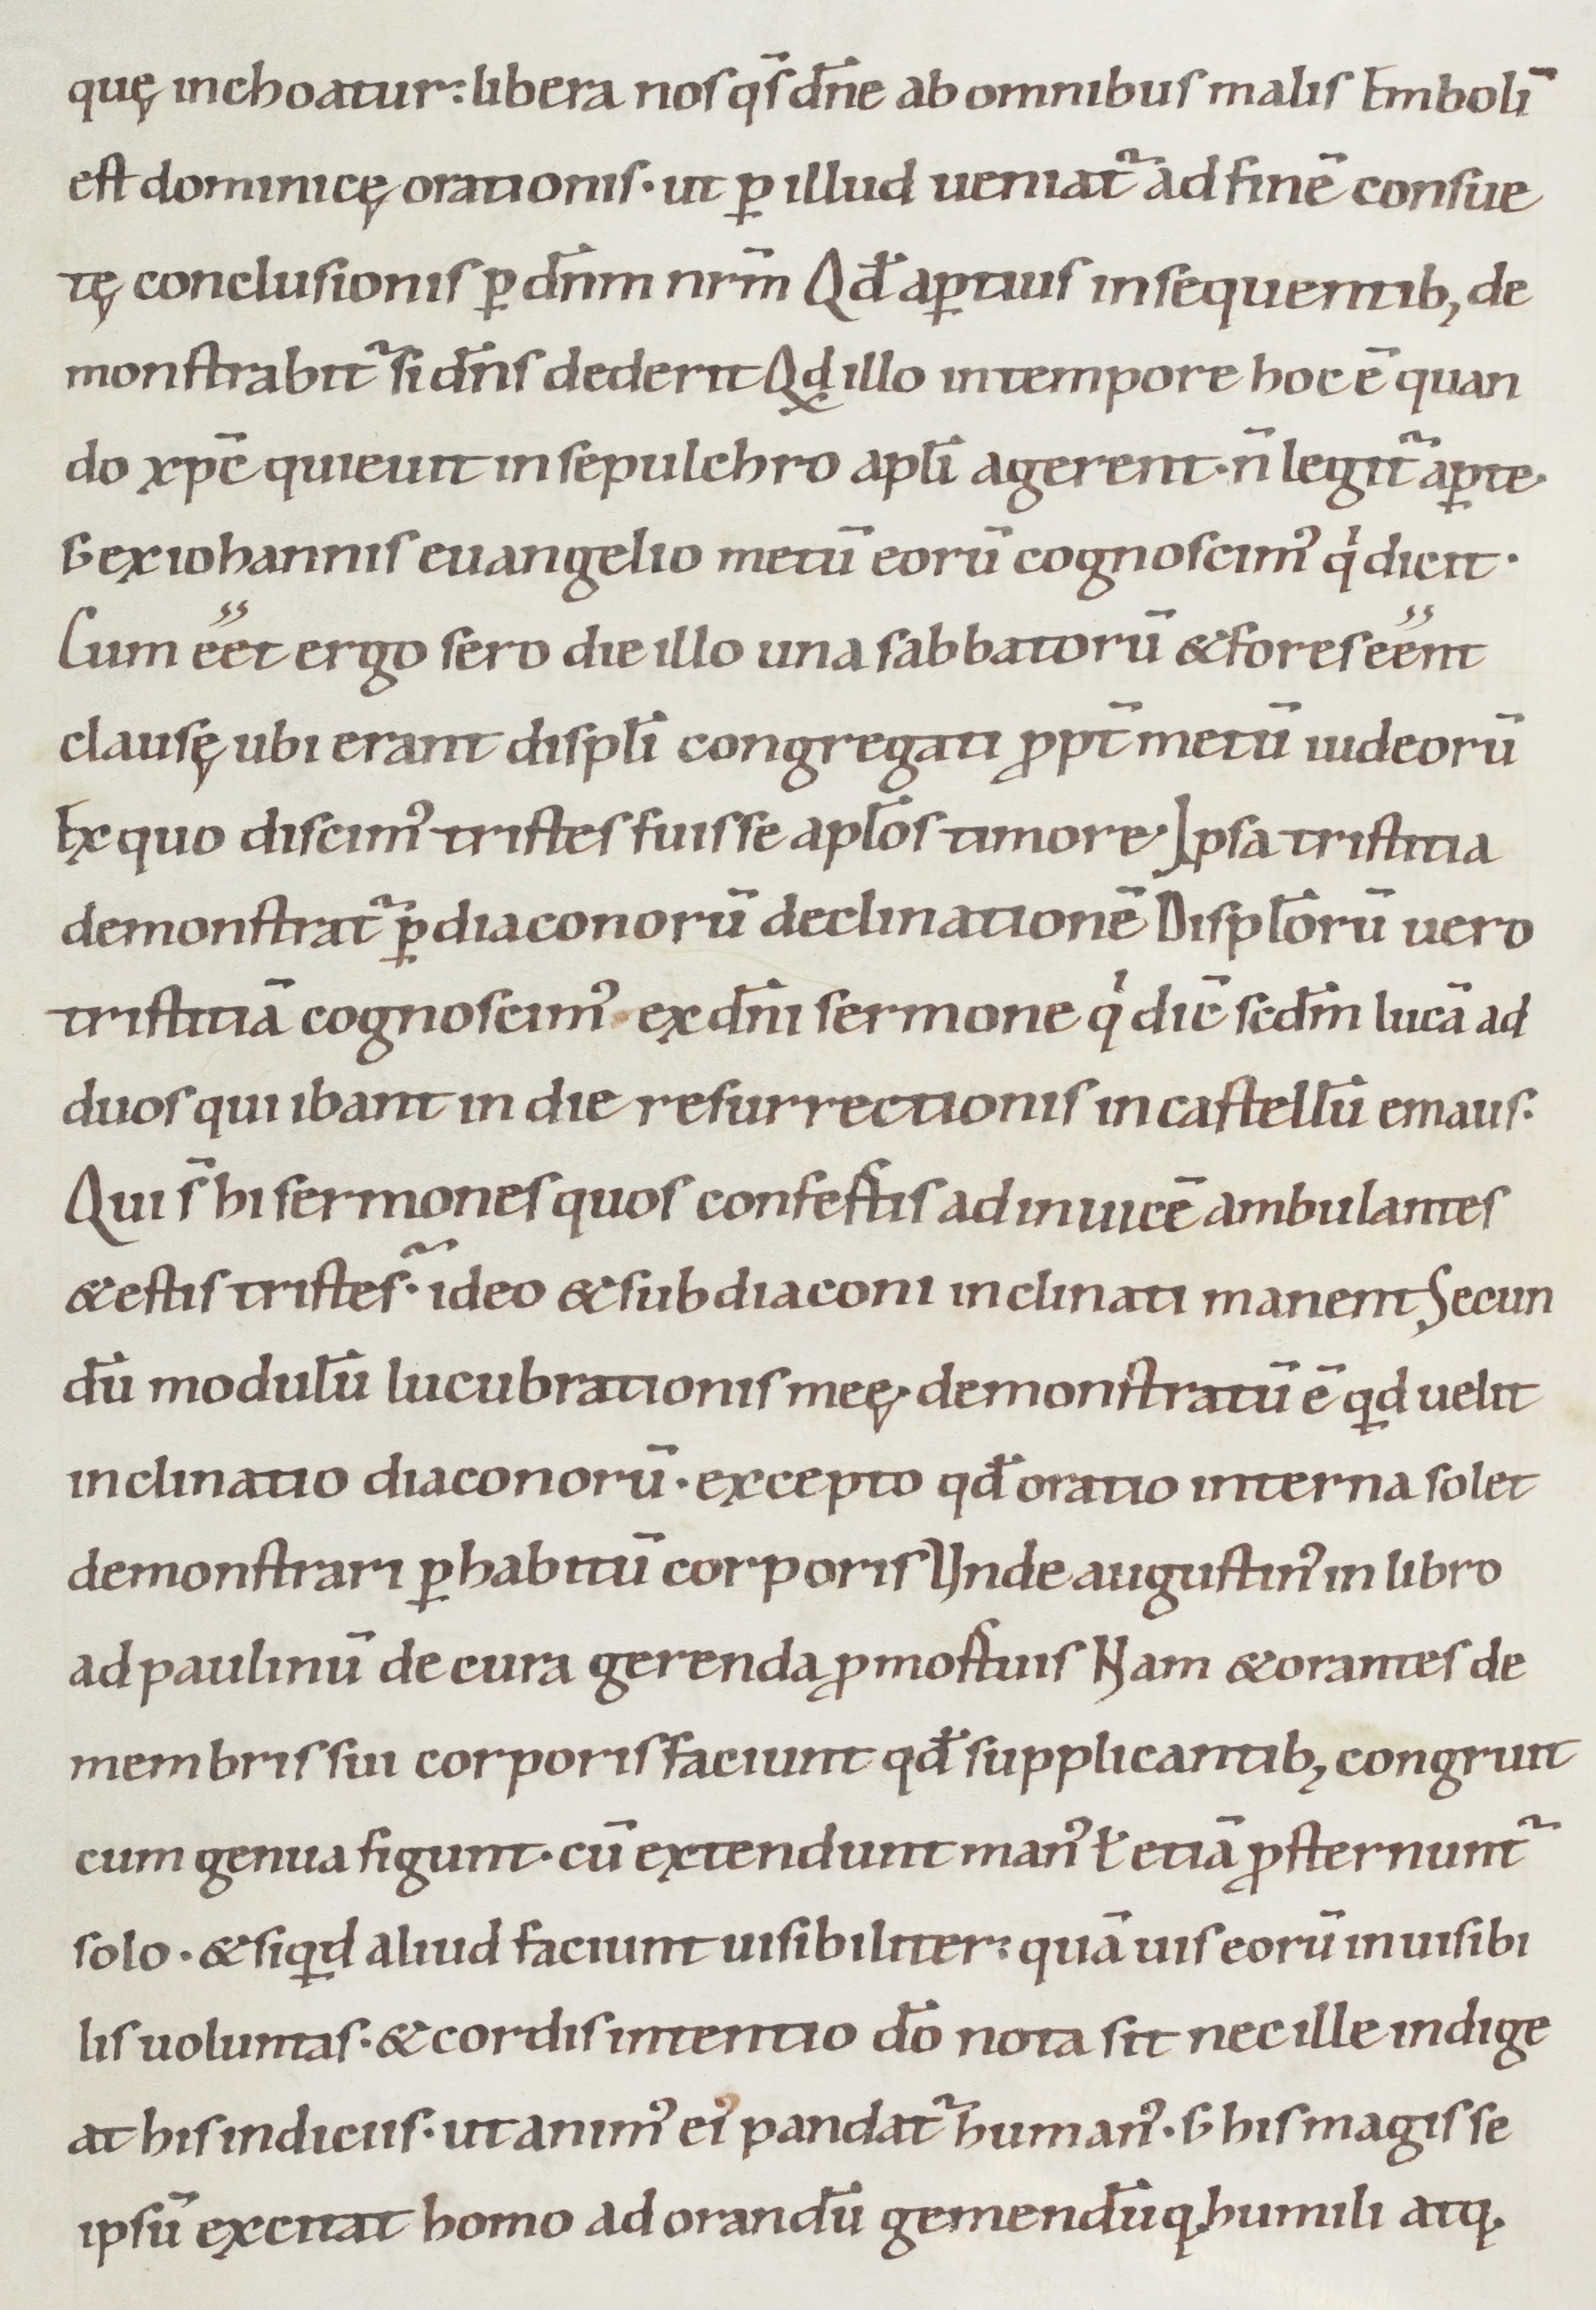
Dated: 1050–1099